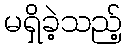
မရှိခဲ့သည့်